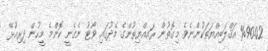
%90.02 އަޤްލަބިއްޔަތަކުންނެވެ. މިގޮތުން ރައއްޔިތުންގެ މެދުގައި ވޯޓު ނެގެނީ ކޮންމެ މީހުން ދިރިއުޅޭ